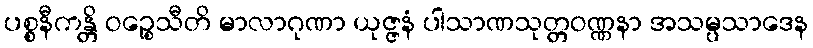
ပစ္စနီကန္တိ ဝဉ္စေသီတိ မာလာဂုဏာ ယုဇ္ဇနံ ပါသာဏသုတ္တဝဏ္ဏနာ အသမ္ပသာဒေန